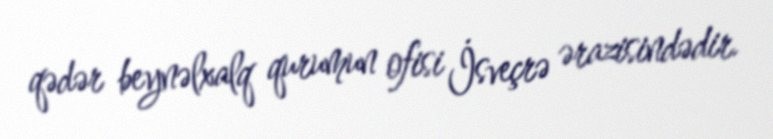
qədər beynəlxalq qurumun ofisi İsveçrə ərazisindədir.